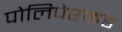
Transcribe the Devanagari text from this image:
पोलिपेप्टाइड